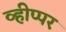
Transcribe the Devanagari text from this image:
व्हीप्पर